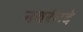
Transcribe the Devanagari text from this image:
नवरंगदे